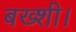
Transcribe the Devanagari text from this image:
बख्शी।